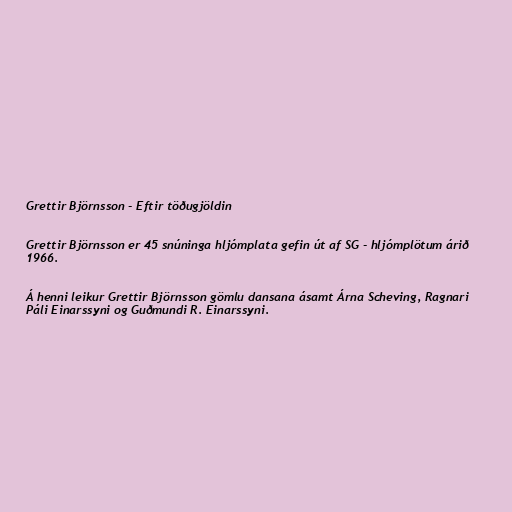
Grettir Björnsson - Eftir töðugjöldin

Grettir Björnsson er 45 snúninga hljómplata gefin út af SG - hljómplötum árið
1966.

Á henni leikur Grettir Björnsson gömlu dansana ásamt Árna Scheving, Ragnari
Páli Einarssyni og Guðmundi R. Einarssyni.